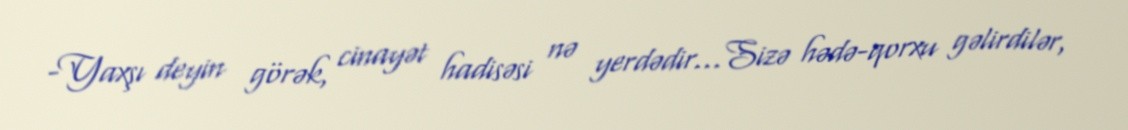
-Yaxşı deyin görək, cinayət hadisəsi nə yerdədir…Sizə hədə-qorxu gəlirdilər,